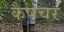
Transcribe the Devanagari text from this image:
कैपचर